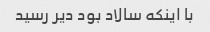
با اینکه سالاد بود دیر رسید